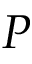
P